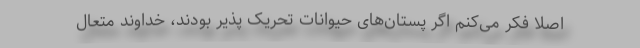
اصلا فکر می‌کنم اگر پستان‌های حیوانات تحریک پذیر بودند، خداوند متعال